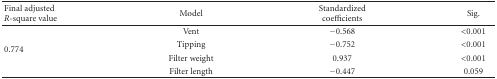
<table><thead><tr><td><b>Final adjusted <i>R</i>-square value</b></td><td><b>Model</b></td><td><b>Standardized coefficients</b></td><td><b>Sig.</b></td></tr></thead><tbody><tr><td rowspan="4">0.774</td><td>Vent</td><td>−0.568</td><td>&lt;0.001</td></tr><tr><td>Tipping</td><td>−0.752</td><td>&lt;0.001</td></tr><tr><td>Filter weight</td><td>0.937</td><td>&lt;0.001</td></tr><tr><td>Filter length</td><td>−0.447</td><td>0.059</td></tr></tbody></table>